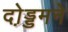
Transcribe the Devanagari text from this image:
दो़ड्डमने